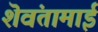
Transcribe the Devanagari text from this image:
शॆवंतामाई